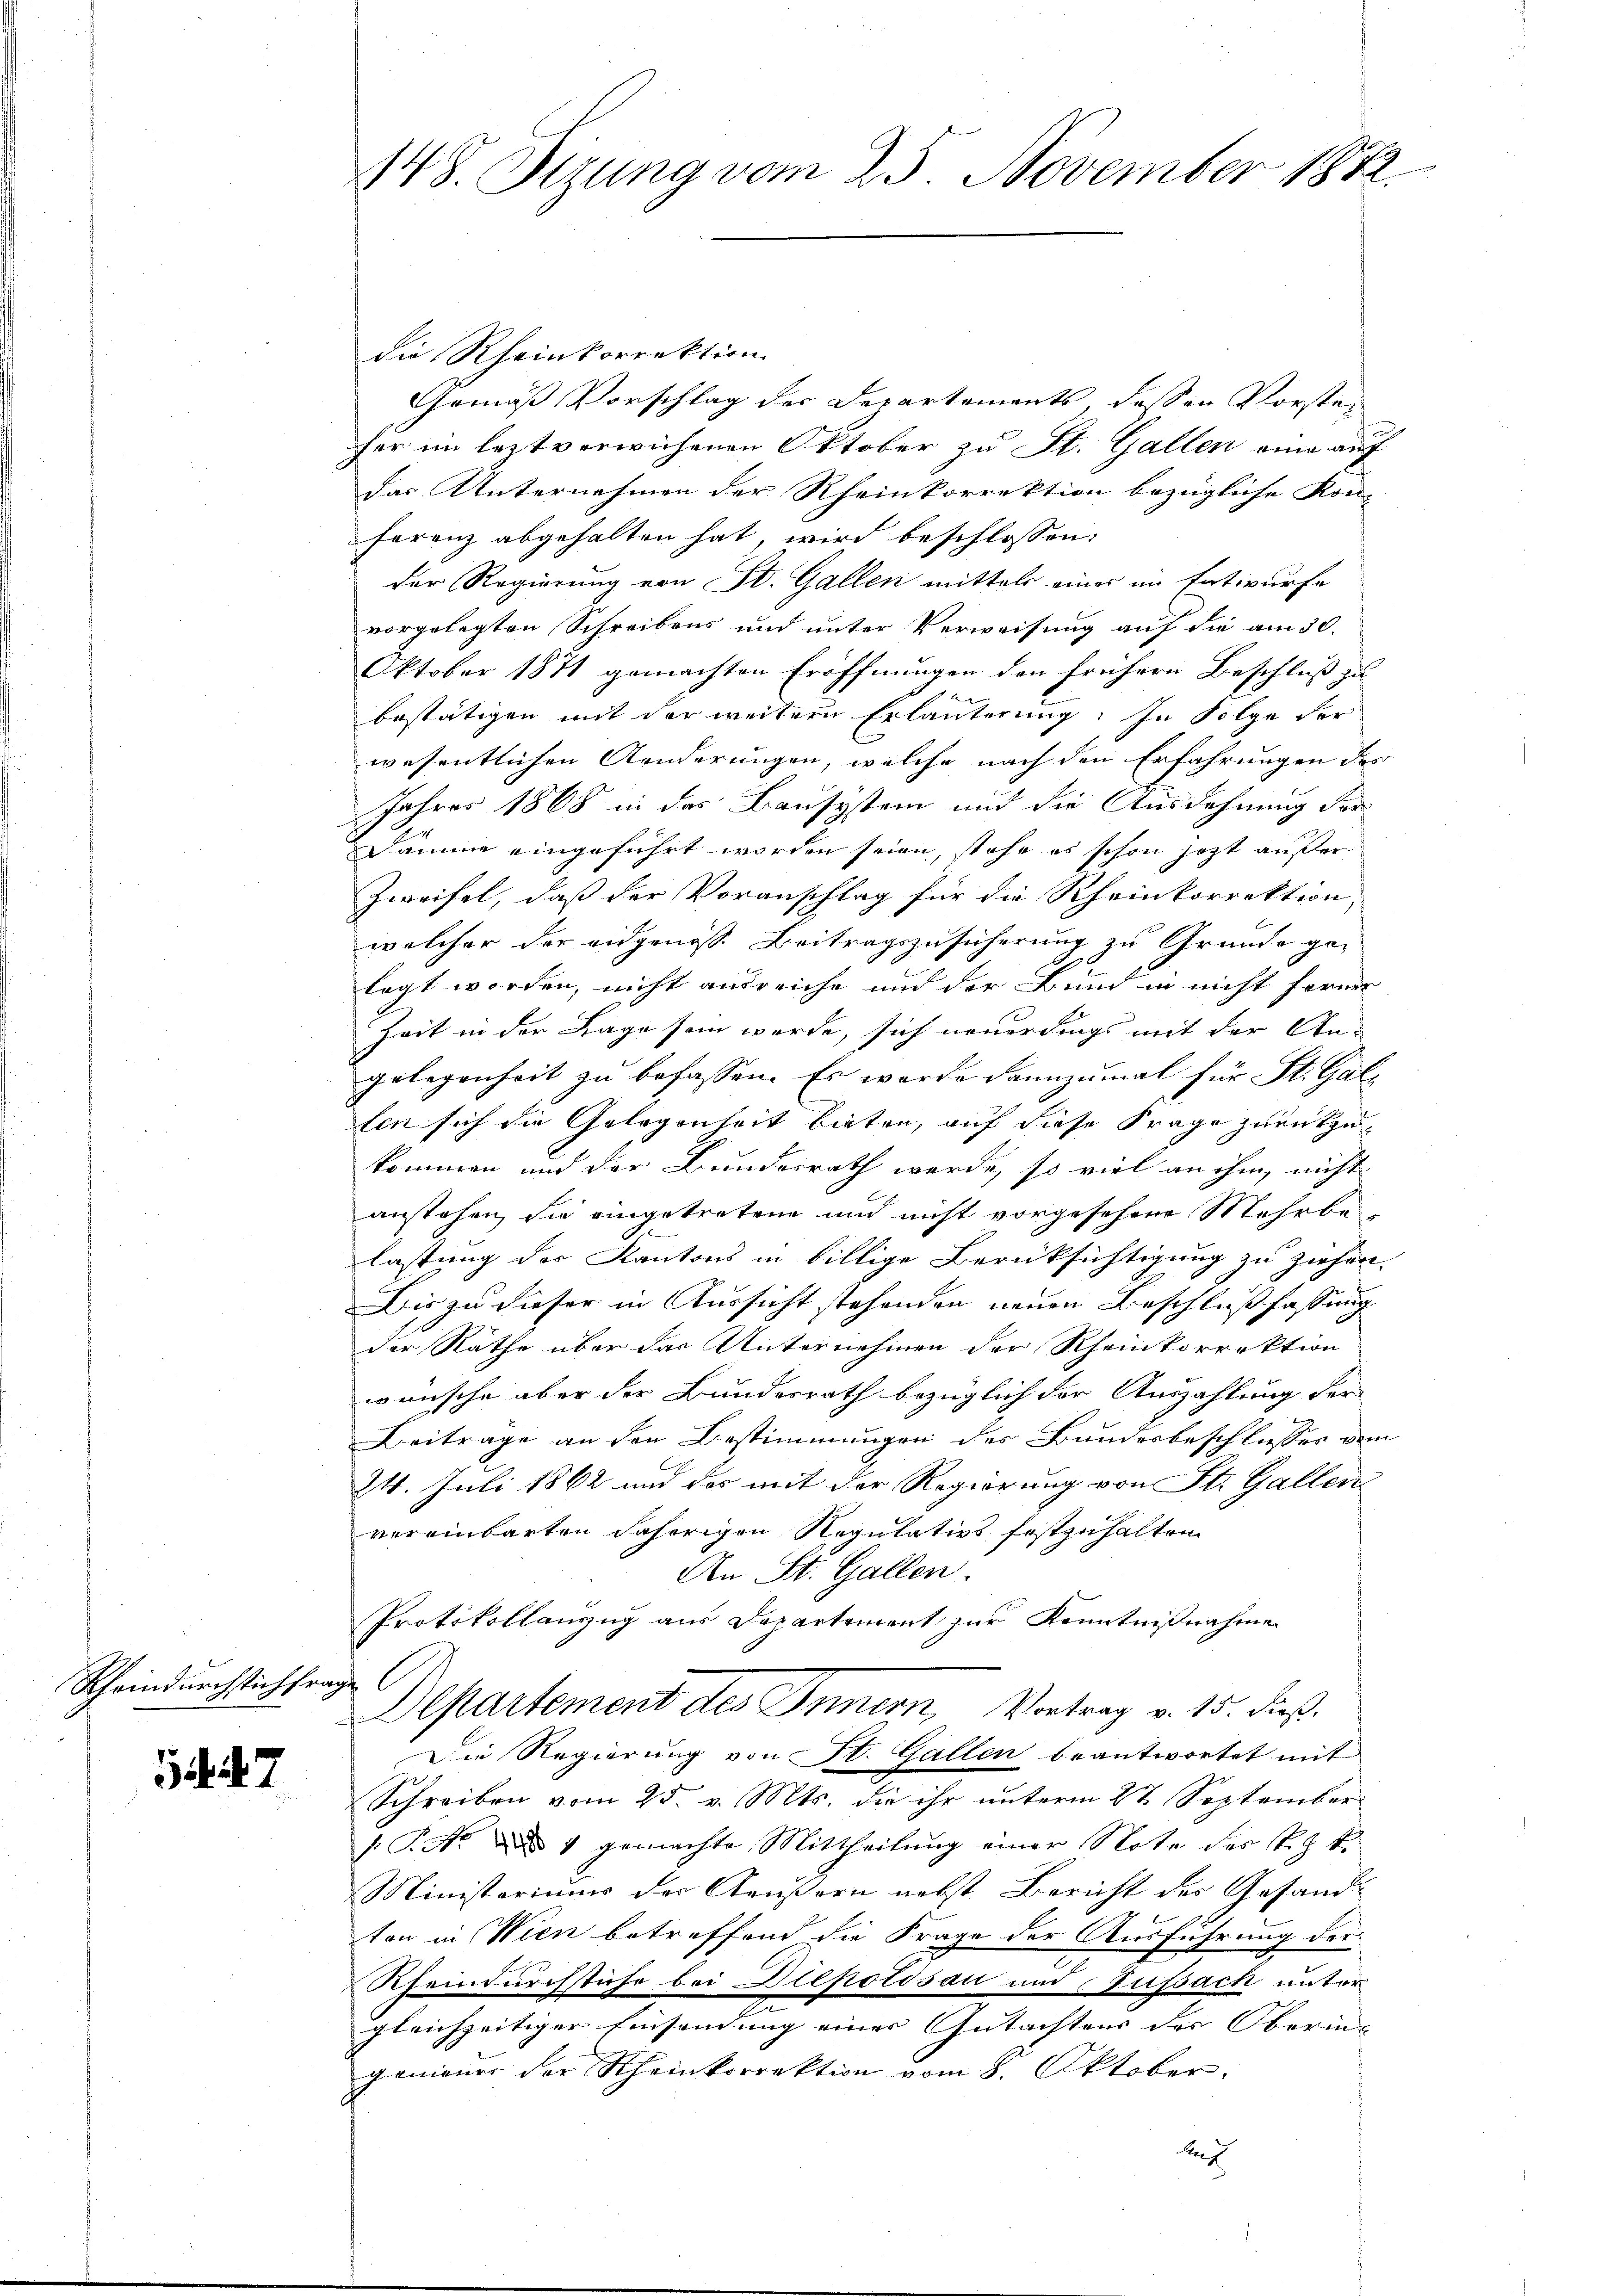
Schwindurchstichfrage

147

148. Sizung vom 25. November 1872.

die Rheinkorrektion
Gemäß Vorschlag der Departements, dessen Vorstei
her im leztverwichenen Oktober zu St. Gallen eine auf
das Unternehmen der Rheinkorrektion bezügliche Kon-
Faranz abgehalten hat, wird beschlossen:
der Regierung von St. Gallen mittels einer im Entwurfe
vorgelegten Schreibens und unter Verweisung auf die am 30.
Oktober 1871 gemachten Eröffnungen den frühere Beschluß zu
bestätigen mit der weitere Erläuterung: In Folge der
wesentlichen Anderungen, welche nach den Erfahrungen des
Jahres 1868 in das Bausystem und die Ausdehnung vor
Dämme eingeführt worden seien, stehe es schon jezt außer
Zweifel, daß der Voranschlag für die Rheinkorrektion,
welcher der eidgenoss. Beitragszusicherung zu Grunde ge-
legt worden, nicht ausreiche und der Bund in nicht ferner
Zeit in der Lage sein werde, sich neuerdings mit der An-
gelegenheit zu befassen. Es worde dannzumal für St. Gall
len sich die Gelegenheit bieten, auf diese Frage zurückzukommen und der Bundesrath werde, so viel an ihm, nicht
anstehen, sie eingetretene und nicht vorgesehene Mehrbe-
lastung des Kantons in billige Berücksichtigung zu ziehen
Dis zu dieser in Aussicht stehenden neuen Beschlußfassung
der Räthe über das Unternehmen der Rheinkorrektion
wünsche aber der Bundesrath bezüglich der Auszahlung der
Beitrage an den Bestimmungen der Bundesbeschliesses ver
24. Juli 1862 und das mit der Regierung von St. Gallen
vereinbarten daherigen Regulativs festzuhalten.
An St. Gallen.
Protokollanzug aus Departement zur Kenntnißnahme
Departement des Innern, Vortrag v. 15. dieß.
Die Regierung von St. Gallen beantwortet mit
Schreiben vom 25. v. Mts. die ihr unterm 2t September
/: P. Nr. 4 gemachte Mittheilung einer Note des k. k.
Ministeriums der Aeußern nebst Bericht des Gesandton in Wien betreffend die Frage der Ausführung der
Rheindurchstiche bei Depotisau und Zufsach unter
gleichzeitiger Einsendung einer Gutachtens des Oberin
gemauer der Rheinkorrektion vom 8. Oktober.
Auf